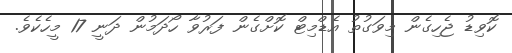
ކޮވިޑު ޖެހިގެން މިވަގުތު އެޑްމިޓް ކޮށްގެން ފަރުވާ ހޯދަމުން ދަނީ 17 މީހެކެވެ.